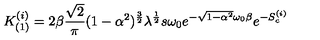
K _ { ( 1 ) } ^ { ( i ) } = 2 \beta \frac { \sqrt 2 } { \pi } ( 1 - \alpha ^ { 2 } ) ^ { \frac { 3 } { 2 } } \lambda ^ { \frac { 1 } { 2 } } s \omega _ { 0 } e ^ { - \sqrt { 1 - \alpha ^ { 2 } } \omega _ { 0 } \beta } e ^ { - S _ { c } ^ { ( i ) } }